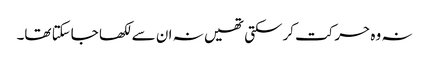
نہ وہ حرکت کرسکتی تھیں نہ ان سے لکھا جاسکتا تھا۔